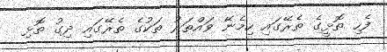
ފެހި ތޮޅީގެ ތެރޭގައި ހިމެނޭ ވައްތަރު ތަކުގެ ތެރޭގައި ދިގު ތޮޅި